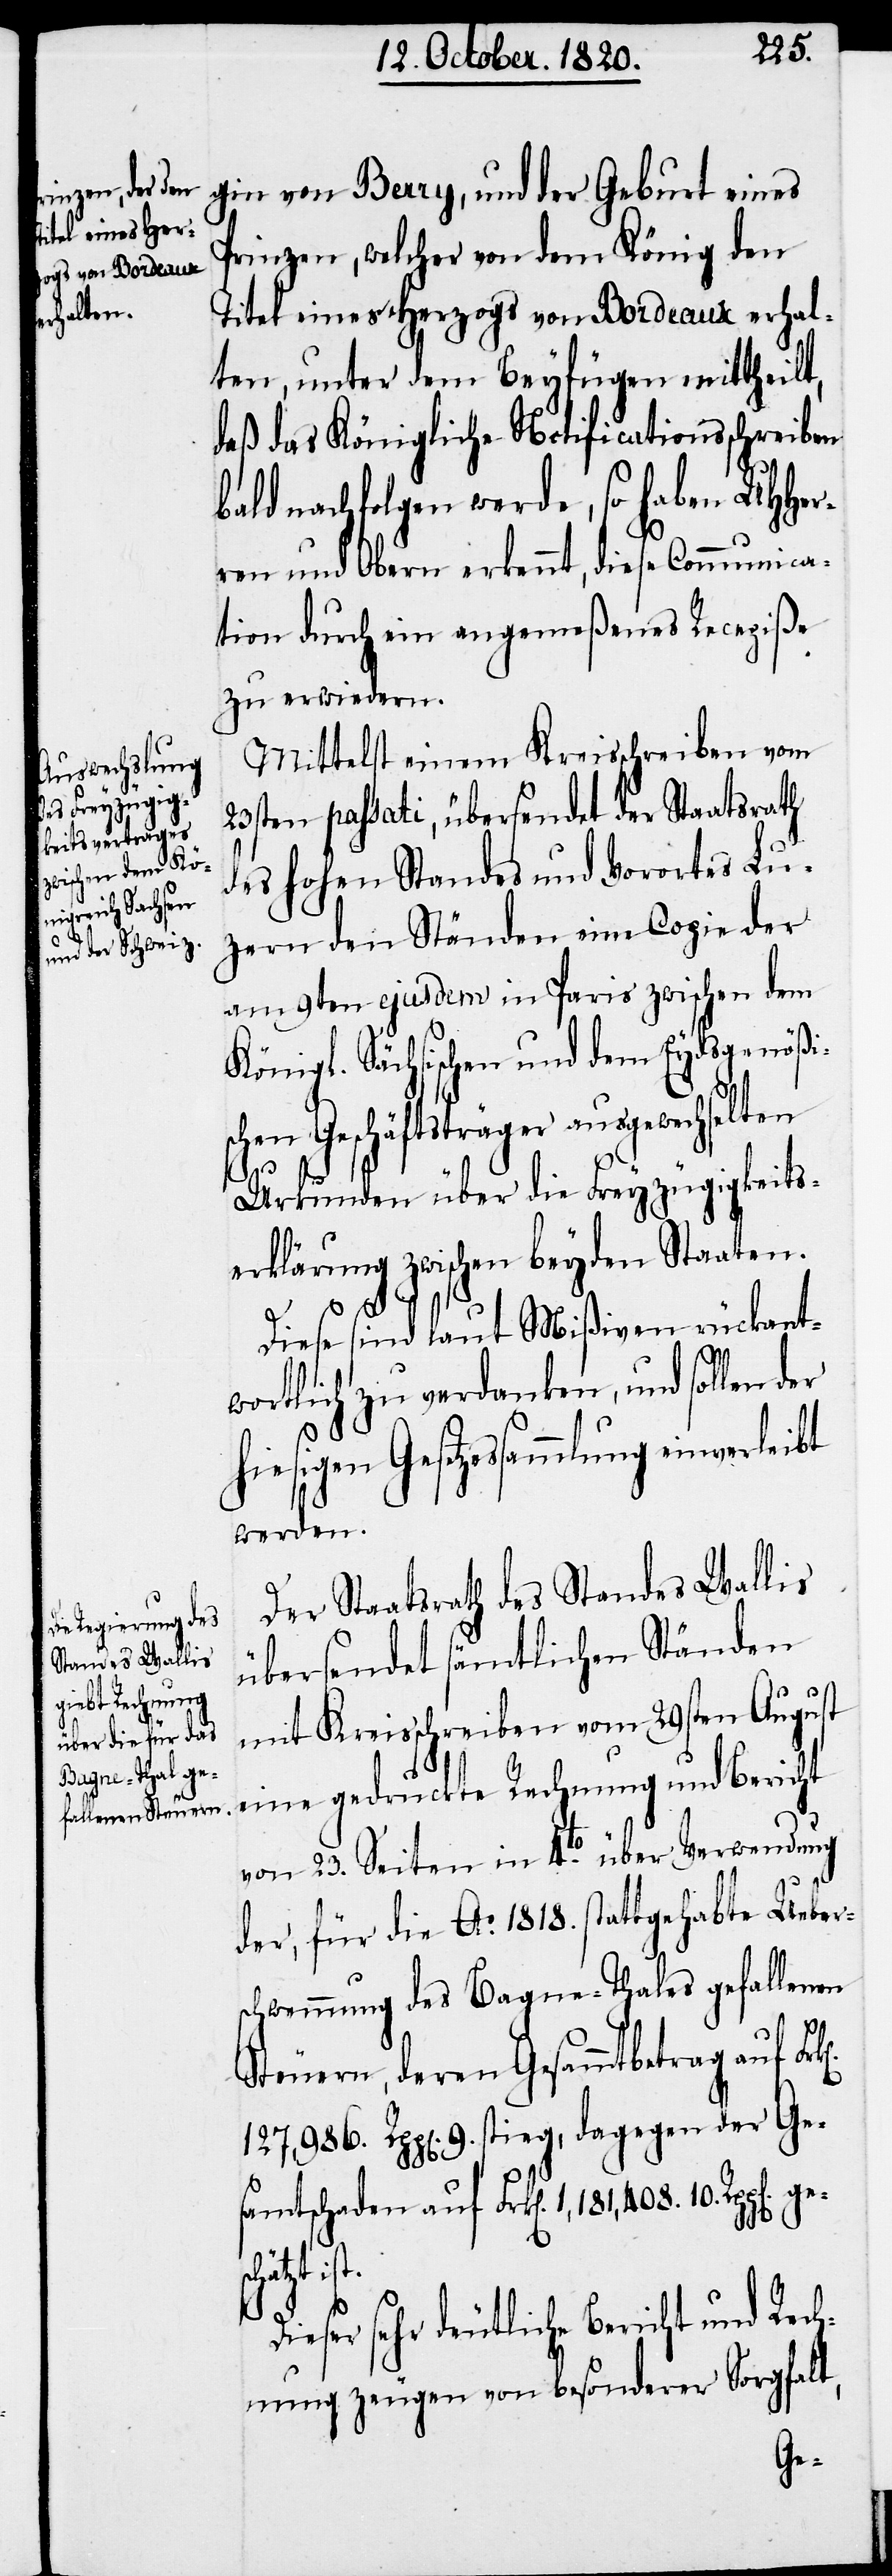
verleibt

gin von Berry, und der Geburt eines
Prinzen, welcher von dem König den
Titel eines Herzogs von Bordeaux erhal¬
ten, unter dem Beyfügen mittheilt,
daß das Königliche Notificationsschreiben
bald nachfolgen werde, so haben UHHer¬
ren und Obern erkennt, diese Communica¬
tion durch ein angemeßenes Recepiße
zu erwiedern.
Mittelst einem Kreisschreiben vom
23sten passati, übersendet der Staatsrath
des hohen Standes und Vorortes Lu¬
zern den Ständen eine Copie der
am 9ten ejusdem in Paris zwischen dem
Königl. Sächsischen und dem Eydsgenößi¬
schen Geschäftsträger ausgewechselten
Urkunden über die Freyzügigkeits¬
erklärung zwischen beyden Staaten.
Diese sind laut Mißiven rückant¬
wortlich zu verdanken, und sollen der
hiesigen Gesetzessammlung ein¬
werden.
Der Staatsrath des Standes Wallis
übersendet sämtlichen Ständen
mit Kreisschreiben vom 29sten August
eine gedruckte Rechnung und Bericht
von 23. Seiten in 4to. über Verwendung
der, für die Ao. 1818. stattgehabte Ueber¬
schwemmung des Bagna-Thales gefallenen
Steuern, deren Gesamtbetrag auf
127,986. Rpp[en]. 9. stieg, dagegen der Ge¬
samtschaden auf Frk[en]. 1,181,408. 10.
schätzt
Dieser sehr deutliche Bericht und Rec¬
hnung zeugen von besonderer Sorgfalt,
ge¬